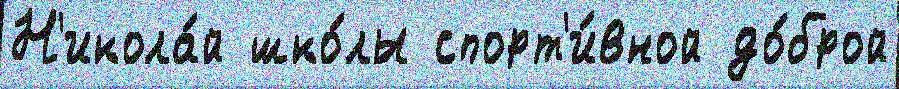
Н'икола́й шко́лы спорт'и́вной до́брой